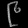
Digit: ၉